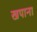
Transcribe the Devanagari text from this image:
खपाना